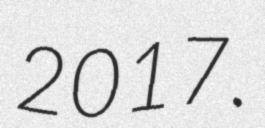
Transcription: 2017.